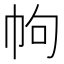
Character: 𢂁